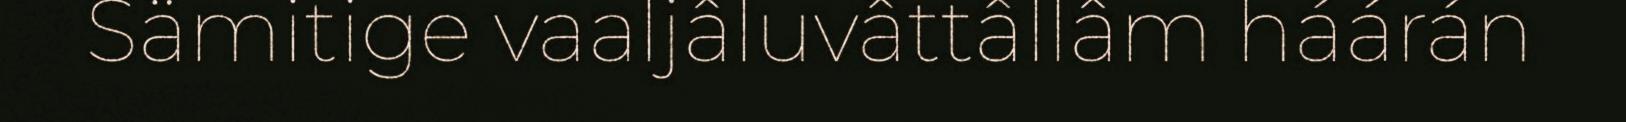
Sämitige vaaljâluvâttâllâm háárán